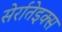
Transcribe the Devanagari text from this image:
सेर्रातेइक्स